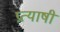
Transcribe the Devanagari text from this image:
प्रत्याषी